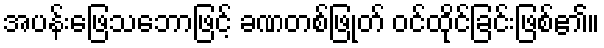
အပန်းဖြေသဘောဖြင့် ခဏတစ်ဖြုတ် ဝင်ထိုင်ခြင်းဖြစ်၏။